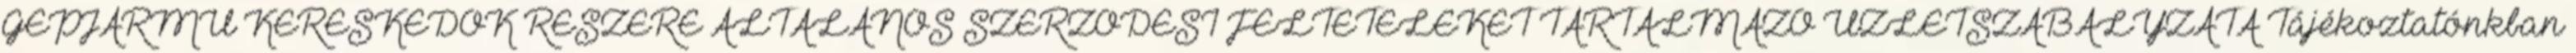
GÉPJÁRMŰ KERESKEDŐK RÉSZÉRE ÁLTALÁNOS SZERZŐDÉSI FELTÉTELEKET TARTALMAZÓ ÜZLETSZABÁLYZATA Tájékoztatónkban